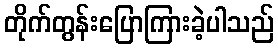
တိုက်တွန်းပြောကြားခဲ့ပါသည်